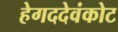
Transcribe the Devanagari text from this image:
हेगददेवंकोट